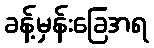
ခန့်မှန်းခြေအရ